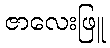
ဇာလေးဖြူ